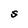
Character: s